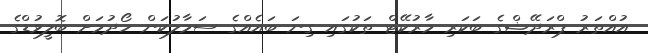
އުއްތަރު ޕްރަދޭޝްގެ ބަކަރި މާރުކޭޓް ތަކުގައި ގިނަ ބައެއްގެ ސަމާލުކަން ހޯދުމަށް ބޮލީވުޑްގެ